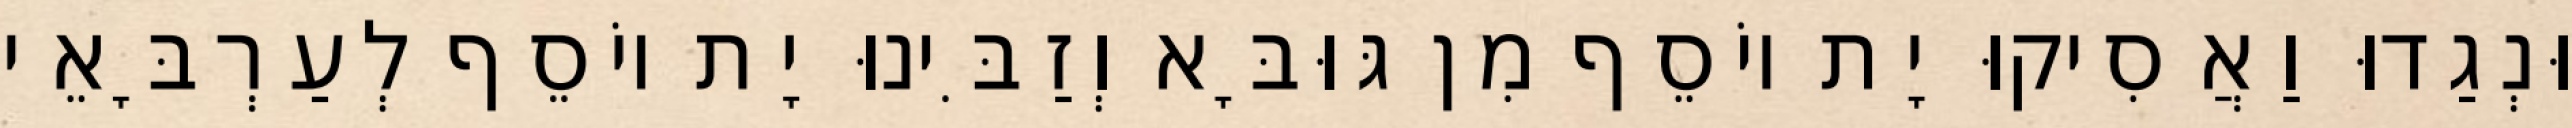
וּנְגַדוּ וַאֲסִיקוּ יָת יוֹסֵף מִן גּוּבָּא וְזַבִּינוּ יָת יוֹסֵף לְעַרְבָּאֵי